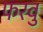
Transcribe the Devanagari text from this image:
फरवु